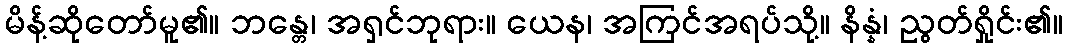
မိန့်ဆိုတော်မူ၏။ ဘန္တေ၊ အရှင်ဘုရား။ ယေန၊ အကြင်အရပ်သို့။ နိန္နံ၊ ညွတ်ရှိုင်း၏။